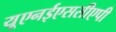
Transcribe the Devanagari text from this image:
यूएनईएससीएपी